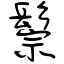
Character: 鬃